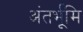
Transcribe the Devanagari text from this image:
अंतर्भूमि